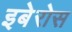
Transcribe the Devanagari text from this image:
इबेरोस